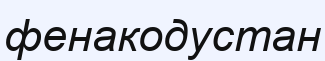
фенакодустан